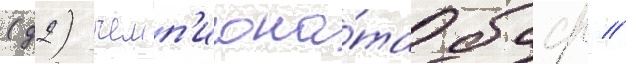
(д2) чемп'иона́та бсср //